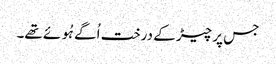
جس پر چیڑ کے درخت اُگے ہُوئے تھے۔